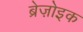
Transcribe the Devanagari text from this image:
ब्रेज़ोइक